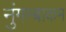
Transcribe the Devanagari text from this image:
नुंगम्बाकम